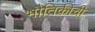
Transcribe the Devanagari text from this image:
भौतिकीची